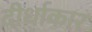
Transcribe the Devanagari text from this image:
दीर्धाकार